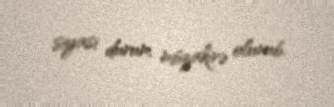
siyasi durum müzakirə olunub.